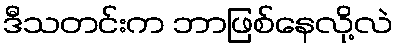
ဒီသတင်းက ဘာဖြစ်နေလို့လဲ